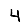
Digit: 4